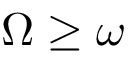
\Omega \ge \omega